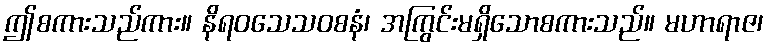
ဤစကားသည်ကား။ နိရဝသေသဝစနံ၊ အကြွင်းမရှိသောစကားသည်။ မဟာရာဇ၊